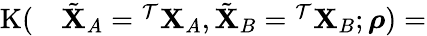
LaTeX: \begin{array}{rl}{\mathrm{K}(}&{{}\tilde{\mathbf{X}}_{A}={}^{\mathcal{T}}\mathbf{X}_{A},\tilde{\mathbf{X}}_{B}={}^{\mathcal{T}}\mathbf{X}_{B};\boldsymbol{\rho})=}\end{array}